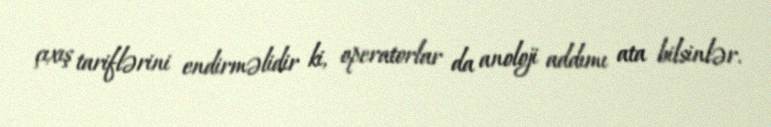
çıxış tariflərini endirməlidir ki, operatorlar da anoloji addımı ata bilsinlər.